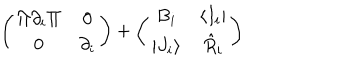
\left( \begin{array} { c c } { { \Pi \partial _ { i } \Pi } } & { { 0 } } \\ { { 0 } } & { { \partial _ { i } } } \\ \end{array} \right) + \left( \begin{array} { c c } { { B _ { i } } } & { { \langle I _ { i } | } } \\ { { | J _ { i } \rangle } } & { { \hat { R } _ { i } } } \\ \end{array} \right)